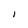
Character: I